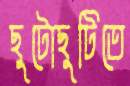
ছুটোছুটিতে